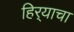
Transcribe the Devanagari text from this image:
हिर्‍याचा